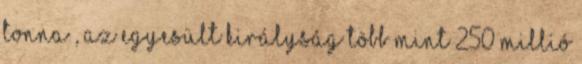
tonna , az Egyesült Királyság több mint 250 millió